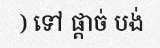
) ទៅ ផ្តាច់ បង់